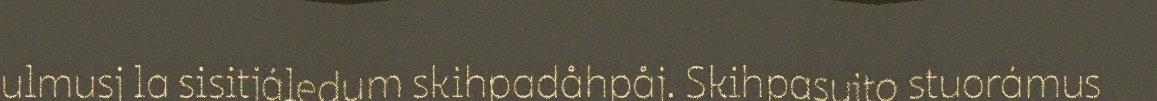
ulmusj la sisitjáledum skihpadåhpåj. Skihpasujto stuorámus